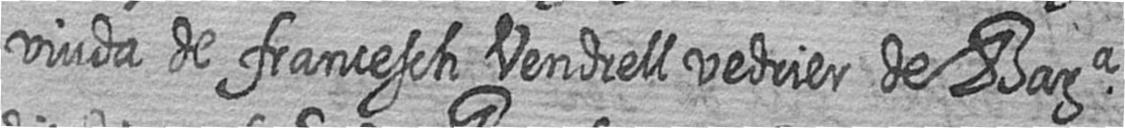
viuda de francesch Vendrell vedrier de Bara